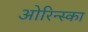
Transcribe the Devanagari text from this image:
ओरिन्स्का